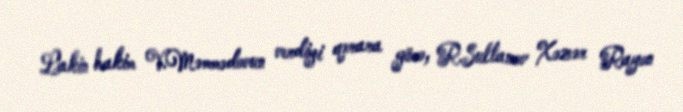
Lakin hakim V.Məmmədovun verdiyi qərara görə, R.Sultanov Xəzər Rayon